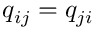
q _ { i j } = q _ { j i }